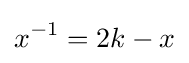
x^{-1}=2k-x